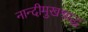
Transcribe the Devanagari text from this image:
नान्दीमुखश्राद्ध